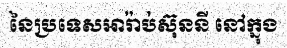
នៃប្រទេសអារ៉ាប់ស៊ុននី នៅក្នុង